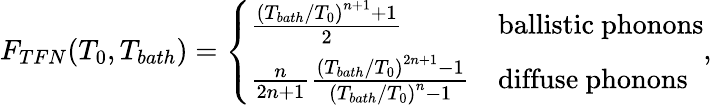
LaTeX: F_{TFN}(T_{0},T_{bath})=\left\{ \begin{array}{ll}{\frac{\left(T_{bath}/T_{0}\right)^{n+1}+1}{2}}&{\mathrm{ballistic\ phonons}}\\ {\frac{n}{2n+1}\frac{\left(T_{bath}/T_{0}\right)^{2n+1}-1}{\left(T_{bath}/T_{0}\right)^{n}-1}}&{\mathrm{diffuse\ phonons}}\end{array}\right.,